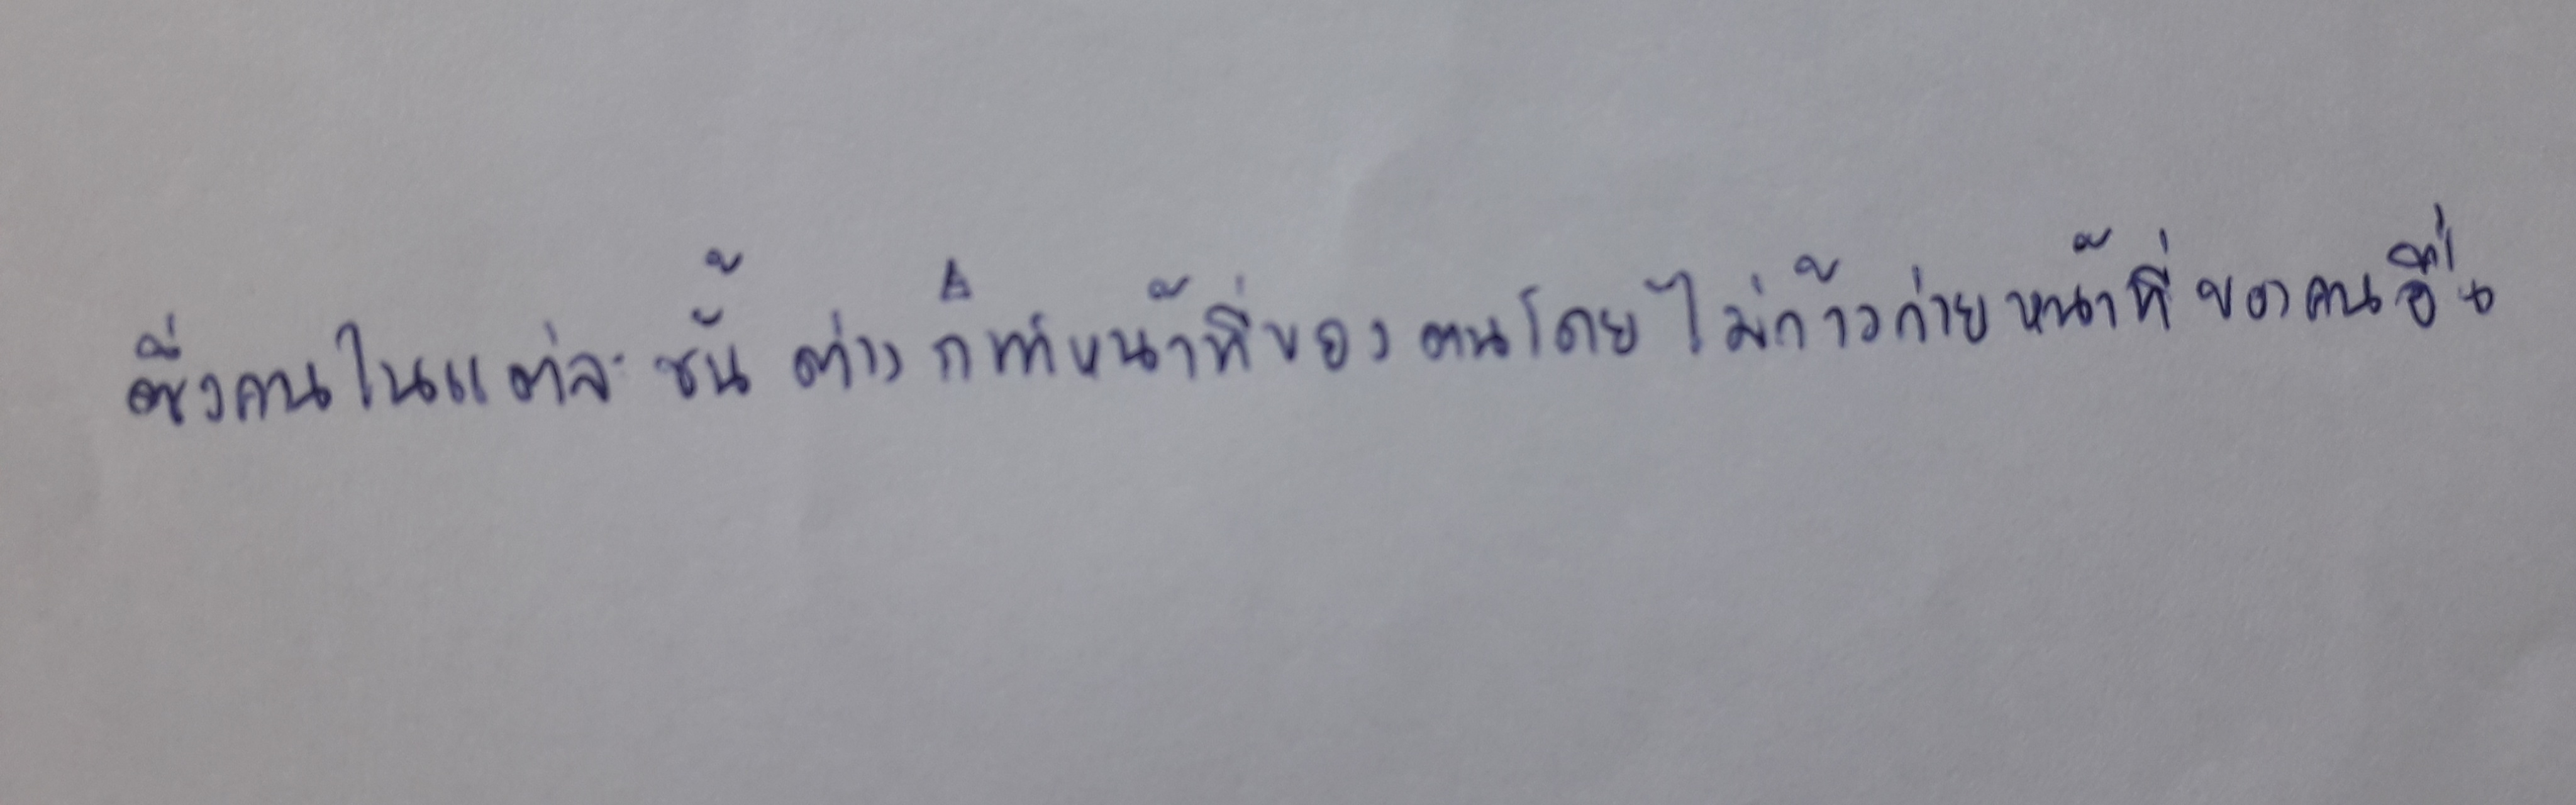
ซึ่งคนในแต่ละชั้นต่างก็ทำหน้าที่ของตนโดยไม่ก้าวก่ายหน้าที่ของคนอื่น